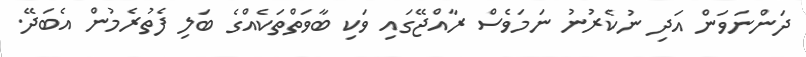
ދަންނަވަން އަދި ނުކެރުނު ނަމަވެސް ރާއްޖޭގައި ވަކި ބާވަތްތަކެއްގެ ބަލި ފެތުރެމުން އެބަދޭ.